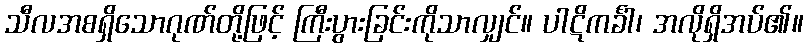
သီလအစရှိသောဂုဏ်တို့ဖြင့် ကြီးပွားခြင်းကိုသာလျှင်။ ပါဋိကင်္ခါ၊ အလိုရှိအပ်၏။